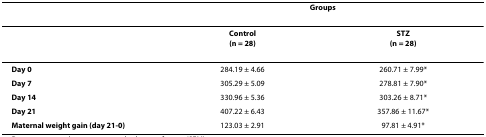
<table><thead><tr><td></td><td colspan="2"><b>Groups</b></td></tr></thead><tbody><tr><td></td><td><b>Control</b><b>(n = 28)</b></td><td><b>STZ</b><b>(n = 28)</b></td></tr><tr><td><b>Day 0</b></td><td>284.19 ± 4.66</td><td>260.71 ± 7.99*</td></tr><tr><td><b>Day 7</b></td><td>305.29 ± 5.09</td><td>278.81 ± 7.90*</td></tr><tr><td><b>Day 14</b></td><td>330.96 ± 5.36</td><td>303.26 ± 8.71*</td></tr><tr><td><b>Day 21</b></td><td>407.22 ± 6.43</td><td>357.86 ± 11.67*</td></tr><tr><td><b>Maternal weight gain (day 21-0)</b></td><td>123.03 ± 2.91</td><td>97.81 ± 4.91*</td></tr></tbody></table>